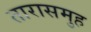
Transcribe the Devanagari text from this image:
तारासमुह